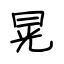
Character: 晃